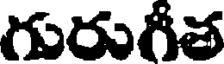
గురుగీత